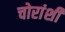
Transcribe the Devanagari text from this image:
चोरांशी